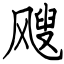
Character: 飕